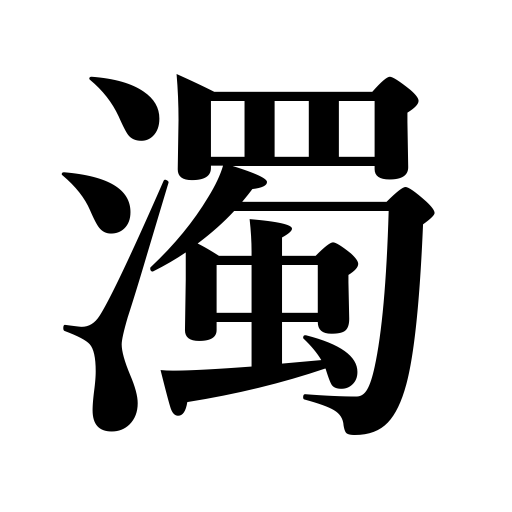
Meanings: voiced consonant,wrong,make muddy,be vague,be voiced,impurity,uncleanness,voicing marks,make cloudy,quibble,unrefined sake,prevaricate,be muddy,be impure,muddiness,voiced sound